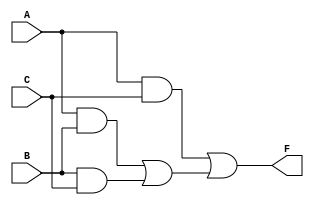
module majority (A,B,C,F);

    //Inputs
    input A;
    input B;
    input C;
    
    //Outputs
    output F;

    //Components
    wire w1;
    wire w2;
    wire w3;
    wire w4;
    and g1(w1,A,B);
    and g2(w2,B,C);
    and g3(w3,A,C);
    or g4(w4,w1,w2);
    or g5(F,w3,w4);

endmodule